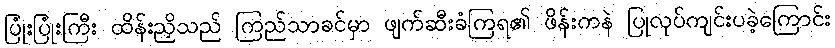
ပြုံးပြုံးကြီး ထိန်းညှိသည် ကြည်သာခင်မှာ ဖျက်ဆီးခံကြရ၏ ဖိန်းကနဲ ပြုလုပ်ကျင်းပခဲ့ကြောင်း